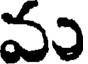
వం